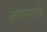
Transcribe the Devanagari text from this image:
कासर्गोड